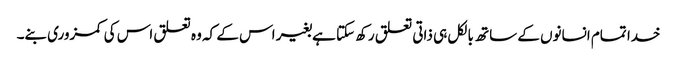
خدا تمام انسانوں کے ساتھ بالکل ہی ذاتی تعلق رکھ سکتا ہےبغیر اس کے کہ وہ تعلق اس کی کمزوری بنے۔